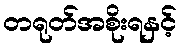
တရုတ်အစိုးရနှင့်